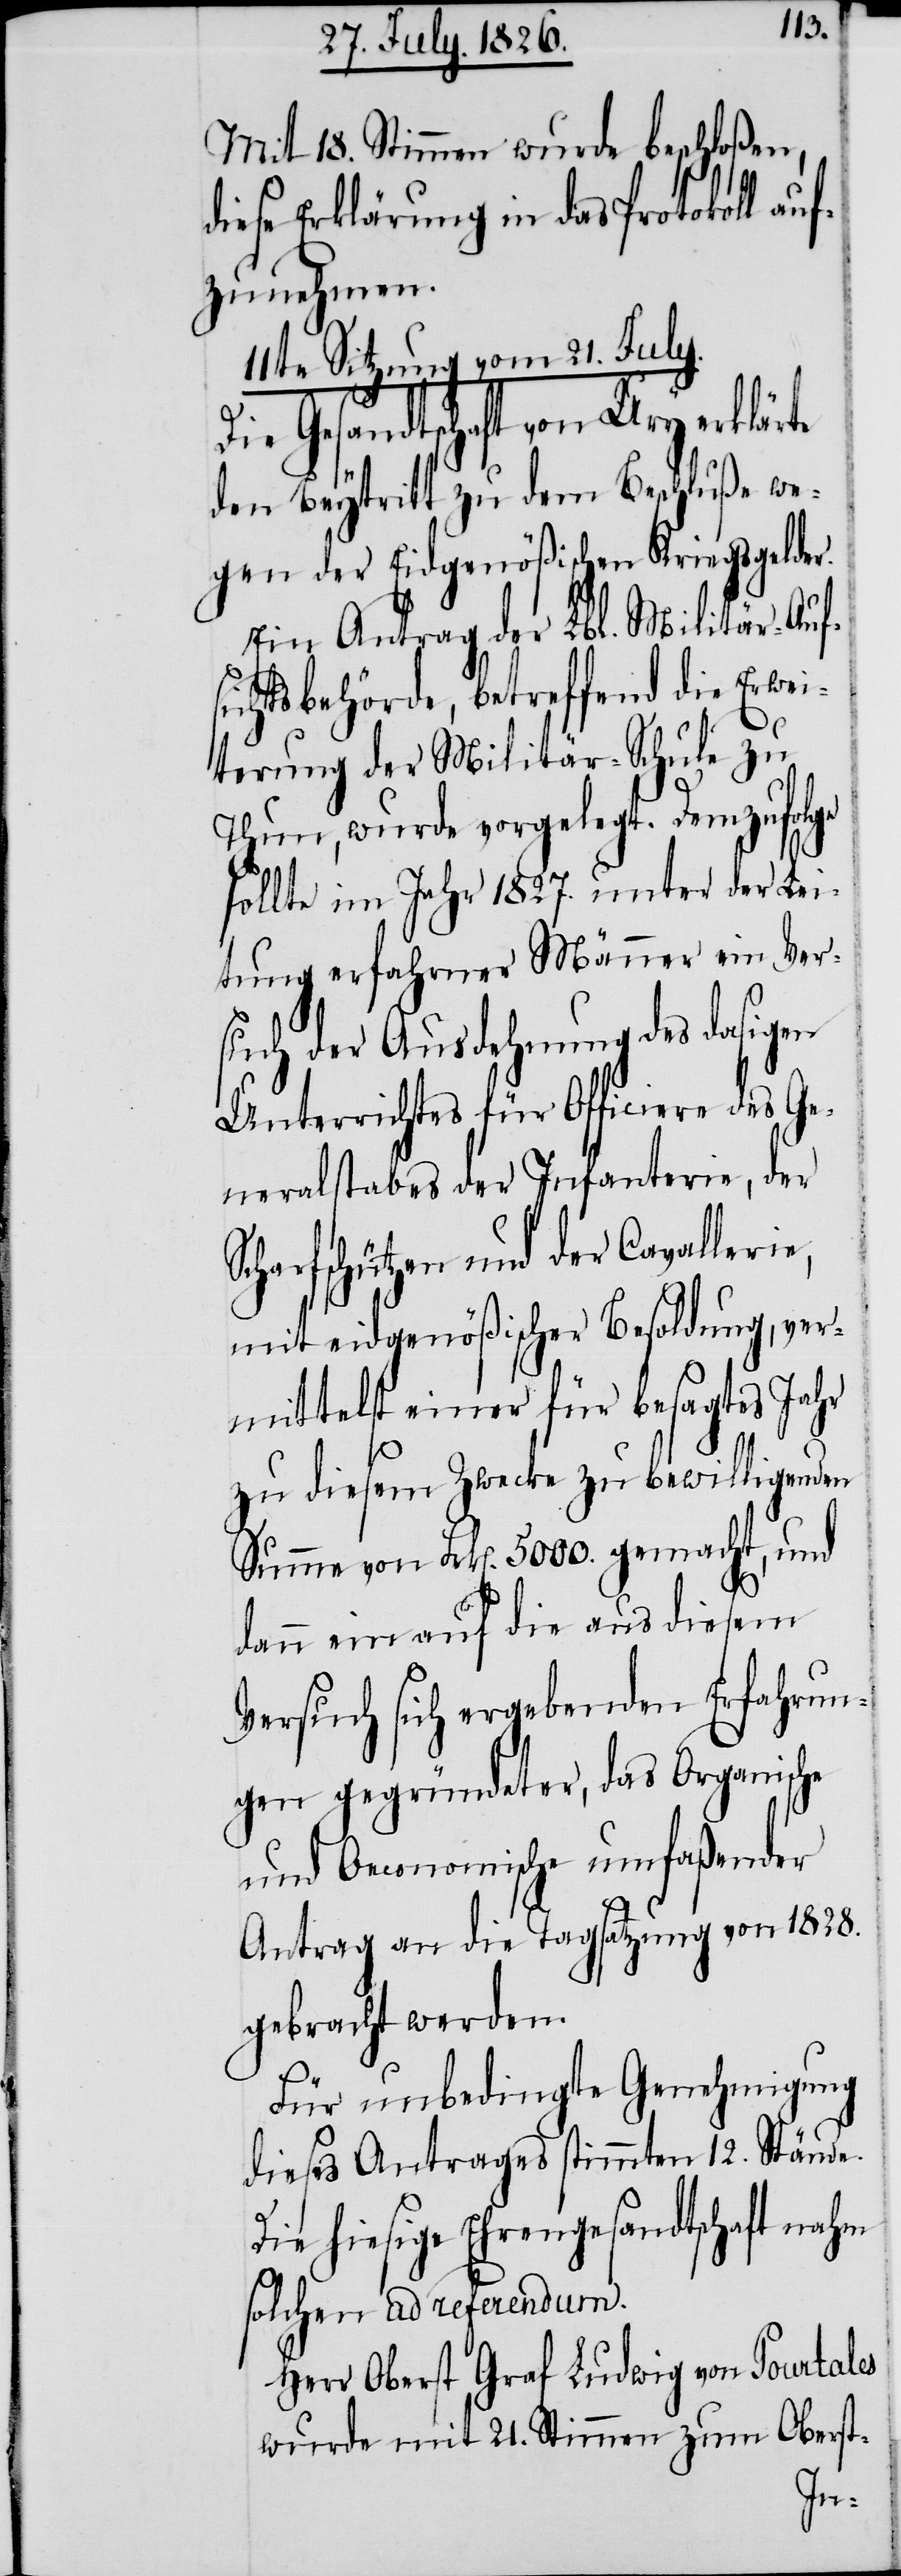
Mit 18. Stimmen wurde beschloßen,
diese Erklärung in das Protokoll auf¬
zunehmen.
11te Sitzung vom 21. July.
Die Gesandtschaft von Ury erklärte
den Beytritt zu dem Beschluße we¬
gen der Eidgenößischen Kriegsgelder.
Ein Antrag der Lbl. Militär-Auf¬
sichtsbehörde, betreffend die Erwei¬
terung der Militär-Schule zu
Thun, wurde vorgelegt. Demzufolge
sollte im Jahr 1827. unter der Lei¬
tung erfahrner Männer ein Ver¬
such der Ausdehnung des dasigen
Unterrichtes für Officiere des Ge¬
neralstabes der Infanterie, der
Scharfschützen und der Cavallerie,
mit eidgenößischer Besoldung, ver¬
mittelst einer für besagtes Jahr
zu diesem Zwecke zu bewilligenden
Summe von Frk[en]. 5000. gemacht, und
dann ein auf die aus diesem
Versuch sich ergebenden Erfahrun¬
gen gegründeter, das Organische
und Oeconomische umfaßender
Antrag an die Tagsatzung von 1828.
gebracht werden.
Für unbedingte Genehmigung
dieses Antrages stimmten 12. Stände.
Die hiesige Ehrengesandtschaft nahm
solchen ad referendum.
Herr Oberst Graf Ludwig von Pourtales
wurde mit 21. Stimmen zum Oberst-